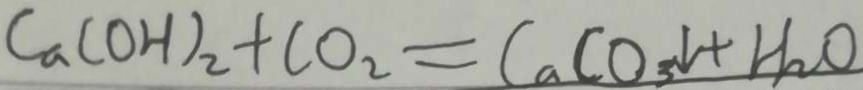
C a ( O H ) _ { 2 } + C O _ { 2 } = C a C O _ { 3 } \downarrow + H _ { 2 } O